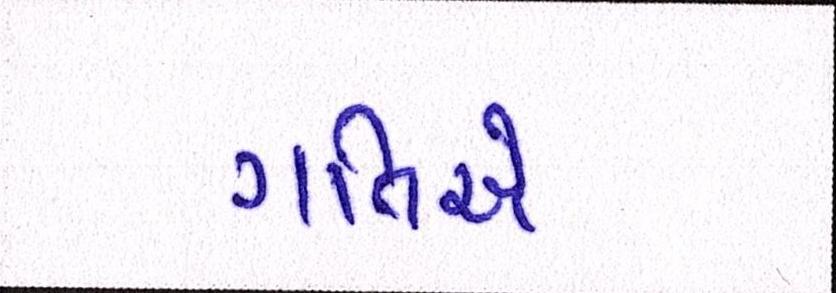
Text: ગતિએ